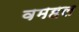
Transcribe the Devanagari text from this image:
वमहल